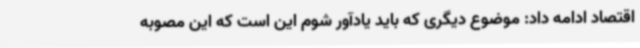
اقتصاد ادامه داد: موضوع دیگری که باید یادآور شوم این است که این مصوبه